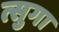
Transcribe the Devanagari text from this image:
त्सुगा